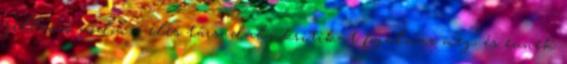
jellemző módon – éles társadalomkritikát fogalmaz meg, és ennek